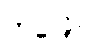
ဘဒြော